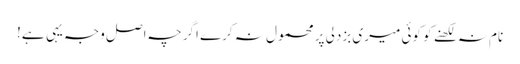
نام نہ لکھنے کو کوئی میری بزدلی پر محمول نہ کرے اگرچہ اصل وجہ یہی ہے!